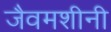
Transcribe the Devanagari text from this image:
जैवमशीनी